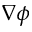
\nabla \phi